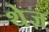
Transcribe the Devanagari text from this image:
थेज़